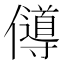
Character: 𠐵